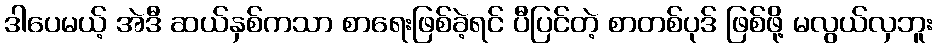
ဒါပေမယ့် အဲဒီ ဆယ်နှစ်ကသာ စာရေးဖြစ်ခဲ့ရင် ပီပြင်တဲ့ စာတစ်ပုဒ် ဖြစ်ဖို့ မလွယ်လှဘူး